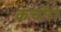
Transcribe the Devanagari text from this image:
कचॉरी